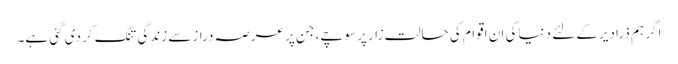
اگر ہم ذرادیرکے لئے دنیاکی ان اقوام کی حالت زارپر سوچے، جن پر عرصہ درازسے زندگی تنگ کردی گئی ہے۔